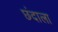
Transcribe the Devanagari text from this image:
छंदाला